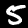
Label: 5